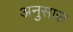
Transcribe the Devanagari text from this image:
अनुसास